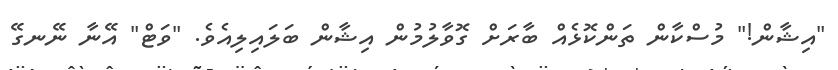
"އިޝާން!" މުސްކާން ތަންކޮޅެއް ބާރަށް ގޮވާލުމުން އިޝާން ބަލައިލިއެވެ. "ވަޓް" އޭނާ ނޭނގޭ